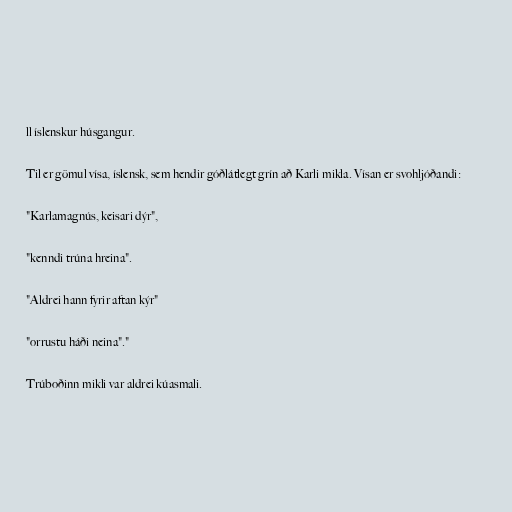
ll íslenskur húsgangur.

Til er gömul vísa, íslensk, sem hendir góðlátlegt grín að Karli mikla. Vísan er svohljóðandi:

"Karlamagnús, keisari dýr",

"kenndi trúna hreina".

"Aldrei hann fyrir aftan kýr"

"orrustu háði neina"."

Trúboðinn mikli var aldrei kúasmali.